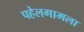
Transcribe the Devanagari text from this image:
पहेलगामला